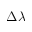
\Delta \lambda